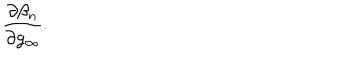
\frac { \partial \beta _ { n } } { \partial g _ { \infty } } .